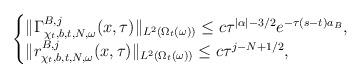
LaTeX: \begin{align*}\begin{cases}\|\Gamma_{\chi_{t},b,t,N,\omega}^{B,j}(x,\tau)\|_{L^{2}(\Omega_{t}(\omega))}\leq c\tau^{|\alpha|-3/2}e^{-\tau(s-t)a_{B}},\\\|r_{\chi_{t},b,t,N,\omega}^{B,j}(x,\tau)\|_{L^{2}(\Omega_{t}(\omega))}\leq c\tau^{j-N+1/2},\end{cases}\end{align*}